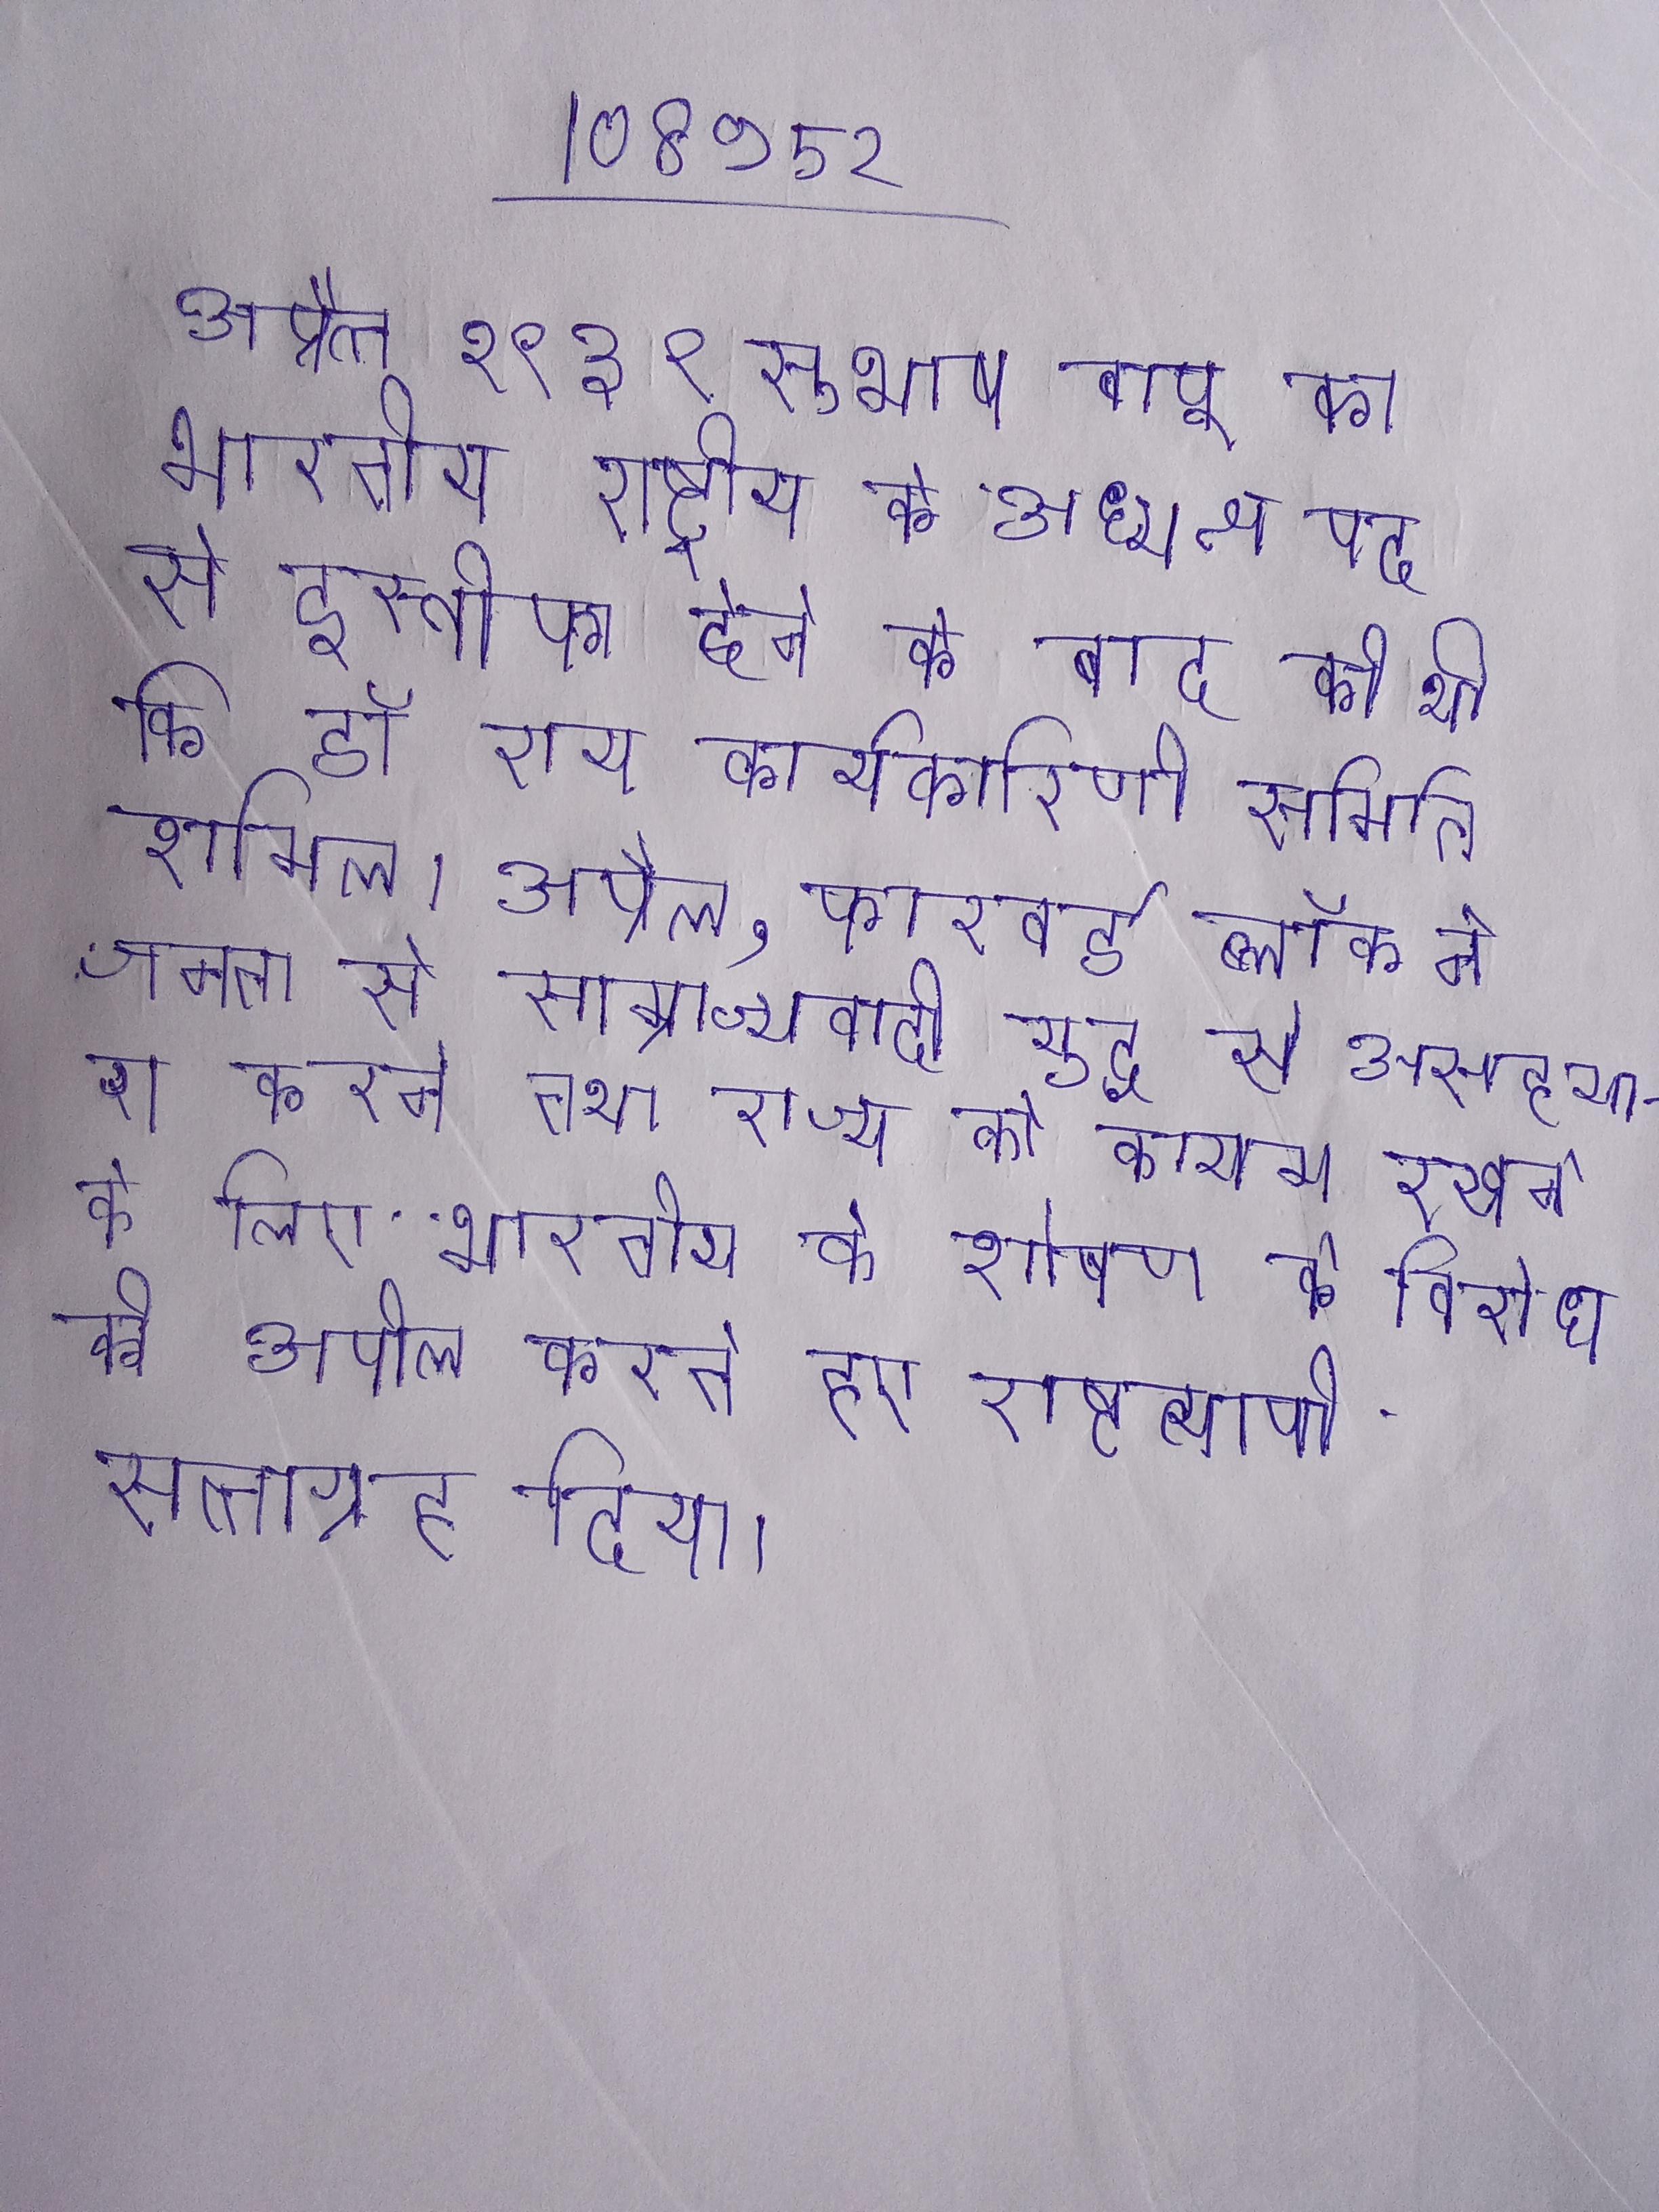
अप्रैल १९३९ सुभाष बाबू का भारतीय राष्ट्रीय के अध्यक्ष पद से इस्तीफा देेने के बाद की थी कि डॉ राय कार्यकारिणी समिति शामिल । अप्रैल, फारवर्ड ब्लॉक ने जनता से साम्राज्यवादी युद्ध से असहयाग करने तथा राज्य को कायम रखने के लिए भारतीय के शोषण के विरोध की अपील करते हुए राष्ट्रव्यापी सत्याग्रह दिया ।